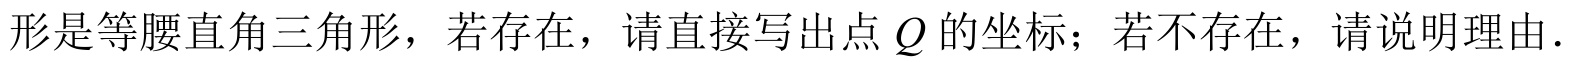
形是等腰直角三角形，若存在，请直接写出点\(Q\)的坐标；若不存在，请说明理由.